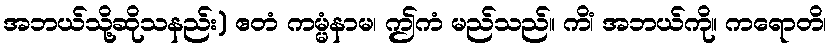
အဘယ်သို့ဆိုသနည်း) ဧတံ ကမ္မံနာမ၊ ဤကံ မည်သည်။ ကိံ၊ အဘယ်ကို။ ကရောတိ၊